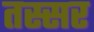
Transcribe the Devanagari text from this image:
तस्सर